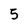
Character: 5